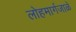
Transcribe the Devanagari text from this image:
लोहमार्गजाळे